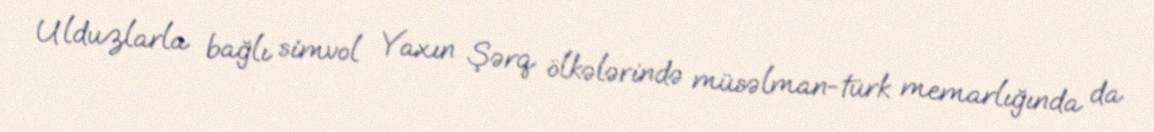
Ulduzlarla bağlı simvol Yaxın Şərq ölkələrində müsəlman-türk memarlığında da